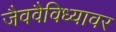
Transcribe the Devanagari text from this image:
जैववैविध्यावर